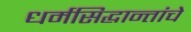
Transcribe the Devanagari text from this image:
धर्मसिद्धान्तांचे